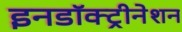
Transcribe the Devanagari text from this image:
इनडॉक्ट्रीनेशन